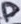
Text: D